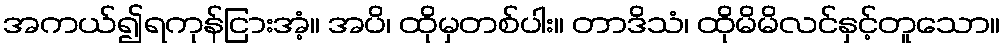
အကယ်၍ရကုန်ငြားအံ့။ အပိ၊ ထိုမှတစ်ပါး။ တာဒိသံ၊ ထိုမိမိလင်နှင့်တူသော။